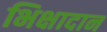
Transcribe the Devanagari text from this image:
भिक्षादान